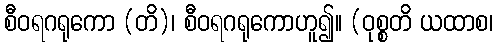
စီဝရဂရုကော (တိ)၊ စီဝရဂရုကောဟူ၍။ (ဝုစ္စတိ ယထာစ၊